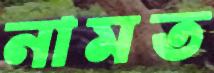
নামত